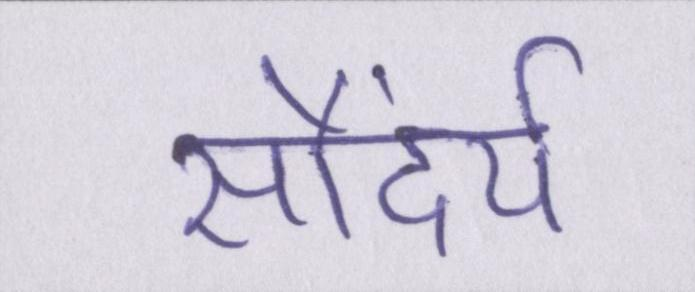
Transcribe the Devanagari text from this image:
सौंदर्य